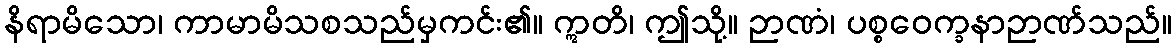
နိရာမိသော၊ ကာမာမိသစသည်မှကင်း၏။ ဣတိ၊ ဤသို့။ ဉာဏံ၊ ပစ္စဝေက္ခနာဉာဏ်သည်။